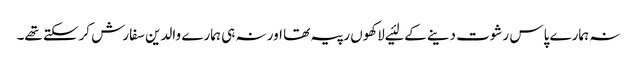
نہ ہمارے پاس رشوت دینے کے لئیے لاکھوں رپیہ تھا اور نہ ہی ہمارے والدین سفارش کرسکتے تھے۔